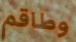
وطاقم